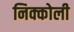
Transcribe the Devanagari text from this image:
निक्कोली